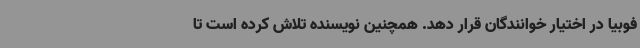
فوبیا در اختیار خوانندگان قرار دهد. همچنین نویسنده تلاش کرده است تا